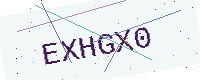
Text: EXHGX0